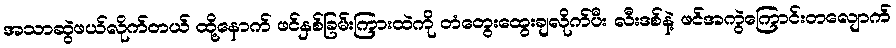
အသာဆွဲဖယ်လိုက်တယ် ထို့နောက် ဖင်နှစ်ခြမ်းကြားထဲကို တံတွေးထွေးချလိုက်ပီး လီးဒစ်နဲ့ ဖင်အကွဲကြောင်းတလျောက်